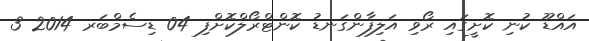
އައްޑޫ ކުނި ކޮށީގައި ރޯވި އަލިފާންގަނޑު ކޮންޓްރޯލްކޮށްފި 04 ޑިސެމްބަރ 2014 3